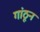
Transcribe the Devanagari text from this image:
गांठून